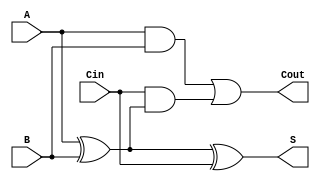
module full_adder (
    input wire A,    // First binary input
    input wire B,    // Second binary input
    input wire Cin,  // Carry-in input
    output wire S,   // Sum output
    output wire Cout // Carry-out output
);

// Internal wires for intermediate calculations
wire A_xor_B;      // Intermediate signal for A XOR B
wire A_and_B;      // Intermediate signal for A AND B
wire Cin_and_A_xor_B; // Intermediate signal for Cin AND (A XOR B)

// Calculate sum (S)
assign A_xor_B = A ^ B;              // A XOR B
assign S = A_xor_B ^ Cin;            // S = (A XOR B) XOR Cin

// Calculate carry-out (Cout)
assign A_and_B = A & B;              // A AND B
assign Cin_and_A_xor_B = Cin & A_xor_B; // Cin AND (A XOR B)
assign Cout = A_and_B | Cin_and_A_xor_B; // Cout = (A AND B) OR (Cin AND (A XOR B))

endmodule